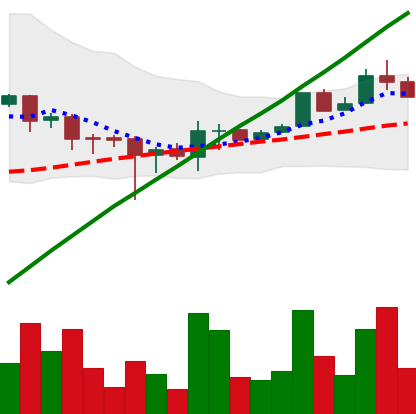
Ticker: LTC-USD
Chart end date: 2017-08-10
Forward return: -6.867%
Label: down_5_7